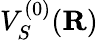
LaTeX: V_{S}^{(0)}({\mathbf R})